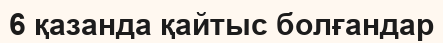
6 қазанда қайтыс болғандар